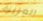
العزيزة